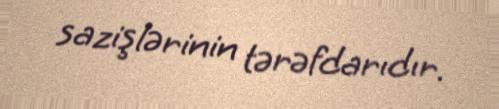
sazişlərinin tərəfdarıdır.